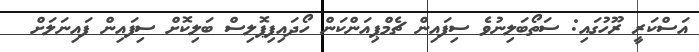
އަސްކަރީ ރޫހުގައި: ސަތޯބަލިނުވެ ސިފައިން ޗެމްޕިއަންކަން ހޯދައިފިޕޮލިސް ބަލިކޮށް ސިފައިން ފައިނަލަށް